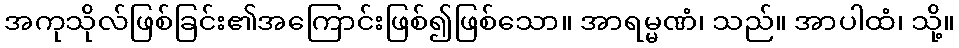
အကုသိုလ်ဖြစ်ခြင်း၏အကြောင်းဖြစ်၍ဖြစ်သော။ အာရမ္မဏံ၊ သည်။ အာပါထံ၊ သို့။